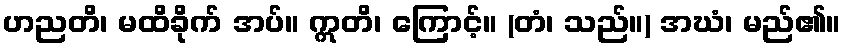
ဟညတိ၊ မထိခိုက် အပ်။ ဣတိ၊ ကြောင့်။ (တံ၊ သည်။) အဃံ၊ မည်၏။